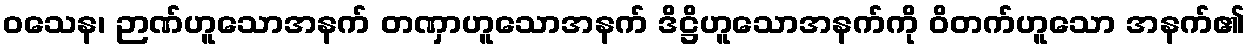
ဝသေန၊ ဉာဏ်ဟူသောအနက် တဏှာဟူသောအနက် ဒိဋ္ဌိဟူသောအနက်ကို ဝိတက်ဟူသော အနက်၏